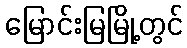
မြောင်းမြမြို့တွင်